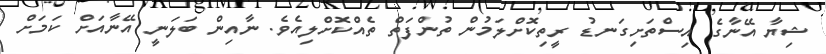
ޝިޔާ އޭނާގެ އިސްތަށިގަނޑު ރީތިކޮށްލަމުން ތުންފަތް ތެއްކޮށްލިއެވެ. ނާއިން ބަލަނީ އޭނާއަށް ކަމަށް